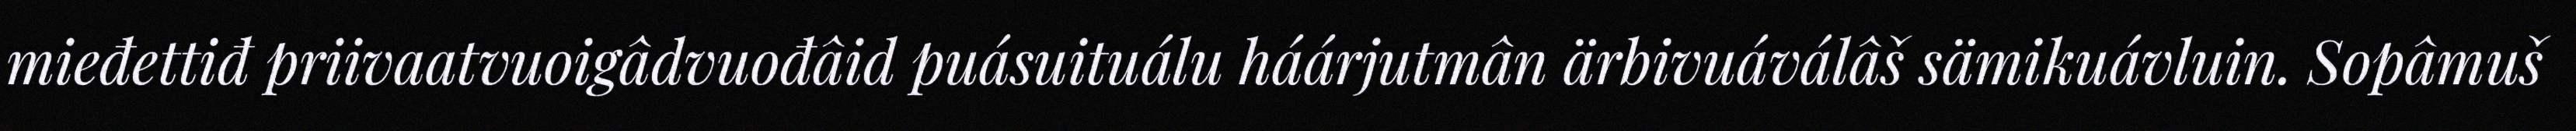
mieđettiđ priivaatvuoigâdvuođâid puásuituálu háárjutmân ärbivuáválâš sämikuávluin. Sopâmuš